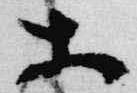
等